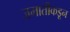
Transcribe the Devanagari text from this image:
जमातीकडून